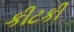
કીટકી